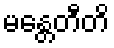
မန္တေတီတိ